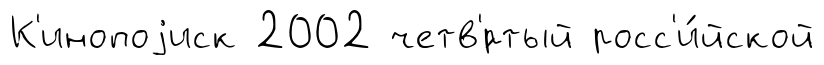
К'инопоjиск 2002 четв'́ртый росс'и́йской